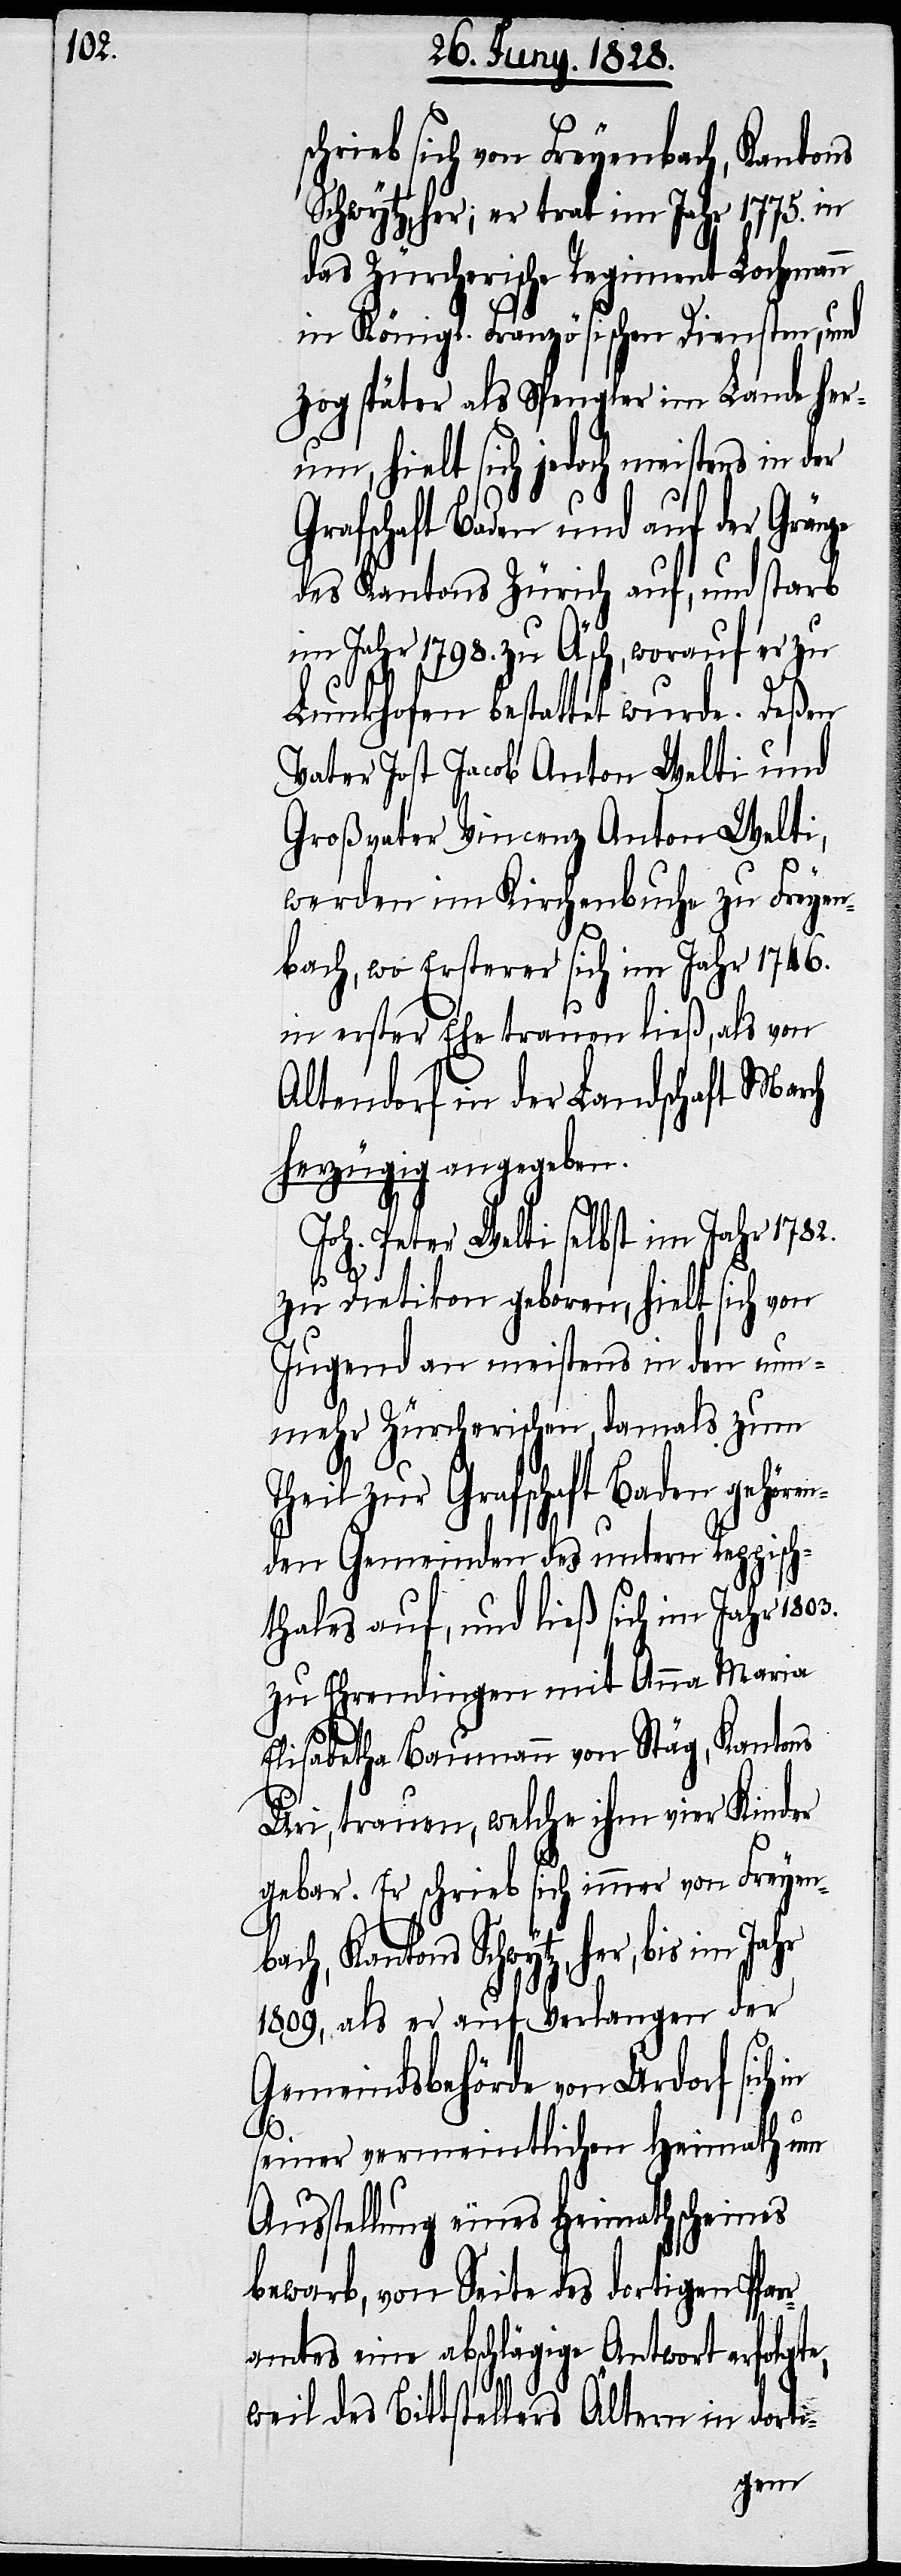
chrieb sich von Freyenbach, Kantons
Schwytz her; er trat im Jahr 1775. in
das Zürcherische Regiment Lochmann
in Königl. Französischen Diensten, und
zog später als Spengler im Lande her¬
um, hielt sich jedoch meistens in der
Grafschaft Baden und auf der Gränze
des Kantons Zürich auf, und starb
im Jahr 1798. zu Äsch, worauf er zu
Lunkhofen bestattet wurde. Deßen
Vater Jost Jacob Anton Welti und
Großvater Vincenz Anton Welti,
werden im Kirchenbuche zu Freyen¬
bach, wo Ersterer sich im Jahr 1746.
in erster Ehe trauen ließ, als von
Altendorf in der Landschaft March
herzügig angegeben.
Joh. Peter Welti selbst im Jahr 1782.
s¬
zu Dietikon geboren, hielt sich von
Jugend an meistens in den nun¬
mehr Zürcherischen, damals zum
Theil zur Grafschaft Baden gehören¬
den Gemeinden des untern Reppisch¬
thales auf, und ließ sich im Jahr 1803.
zu Ehrendingen mit Anna Maria
Elisabetha Baumann von Stäg, Kantons
Uri, trauen, welche ihm vier Kinder
gebar. Er schrieb sich immer von Freyenb¬
ach, Kantons Schwytz, her, bis im Jahr
1809, als er auf Verlangen der
Gemeindsbehörde von Urdorf sich
seiner vermeintlichen Heimath um
Ausstellung eines Heimathscheines
bewarb, von Seite des dortigen Pfar¬
ramtes eine abschlägige Antwort erfolgte,
weil des Bittstellers Ältern in dorti-